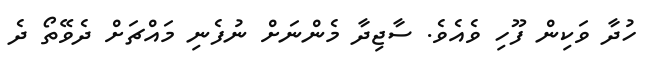
ހުދާ ވަކިން ފޫހި ވެއެވެ. ސާޖިދާ މެންނަށް ނުފެނި މައްޗަށް ދެވޭތޯ ދެ